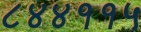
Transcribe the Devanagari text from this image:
८४४११५